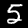
Digit: 5